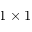
1 \times 1